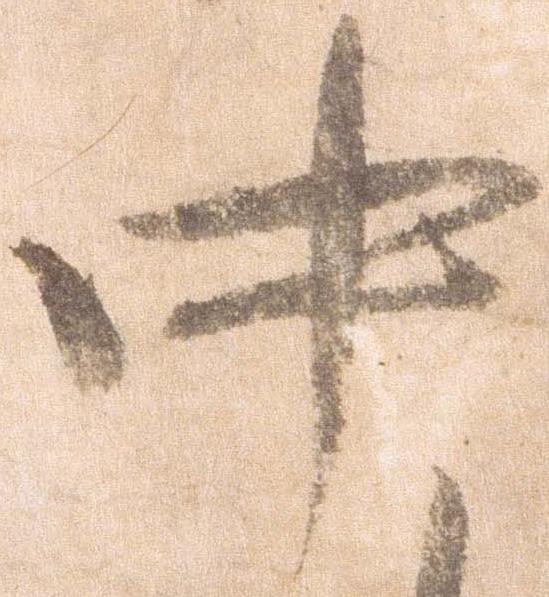
中